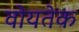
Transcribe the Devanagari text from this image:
वोयतेक